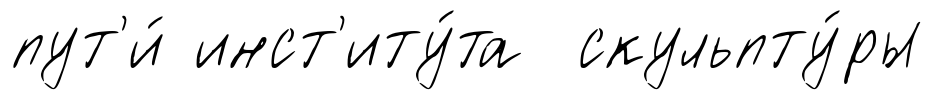
пут'и́ инст'иту́та скульпту́ры